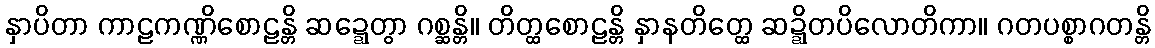
နှာပိတာ ကာဠကဏ္ဏိစောဠန္တိ ဆဍ္ဍေတွာ ဂစ္ဆန္တိ။ တိတ္ထစောဠန္တိ နှာနတိတ္ထေ ဆဍ္ဍိတပိလောတိကာ။ ဂတပစ္စာဂတန္တိ